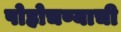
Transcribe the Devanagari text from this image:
पोहोचण्याची